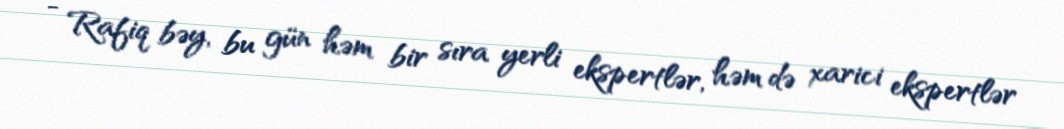
- Rafiq bəy, bu gün həm bir sıra yerli ekspertlər, həm də xarici ekspertlər